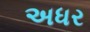
અધર